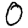
Digit: 0